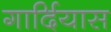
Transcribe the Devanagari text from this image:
गार्दियास